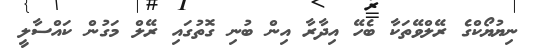
ނިޔުޔޯކްގެ ރޭލްވޭތަކާ ބެހޭ އިދާރާ އިން ބުނި ގޮތުގައި ރޭލް މަގުން ކައްސާލީ